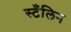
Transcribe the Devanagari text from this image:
स्टँलिन